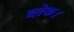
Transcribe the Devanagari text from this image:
ब्लेक।